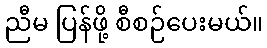
ညီမ ပြန်ဖို့ စီစဉ်ပေးမယ်။